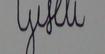
Signature authenticity: forged